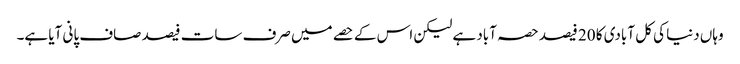
وہاں دنیا کی کل آبادی کا 20 فیصد حصہ آباد ہے لیکن اس کے حصے میں صرف سات فیصد صاف پانی آیا ہے۔